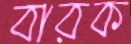
বারক